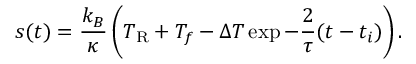
s ( t ) = \frac { k _ { B } } { \kappa } \left( T _ { \mathrm { R } } + T _ { f } - \Delta T \exp { - \frac { 2 } { \tau } ( t - t _ { i } ) } \right) .